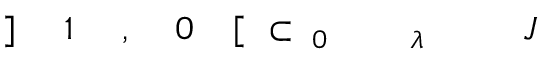
J \! \! \! \! \! \! \! \! \! \! \! \! _ { \! \! \! \! \! \! \! \! \! \! \! \! \lambda \! \! \! \! \! \! \! \! \! \! \! \! _ { \! } \! \! \! \! \! \! \! \! \! \! \! 0 } \! \! \! \! \! \! \! \! \! \! \! \! \subset \! \! \! \! \! \! \! \! \! \! \! \! [ \! \! \! \! \! \! \! \! \! \! \! \! 0 \! \! \! \! \! \! \! \! \! \! \! \! , \! \! \! \! \! \! \! \! \! \! \! \! 1 \! \! \! \! \! \! \! \! \! \! \! \! ] \! \! \! \! \! \! \! \! \! \! \!